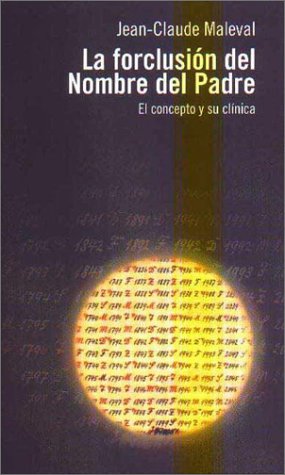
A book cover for Forclusion del Nombre del Padre, La (Spanish Edition); Jean Claude Maleval; Medical Books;